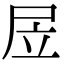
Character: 㞐